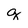
Character: g